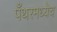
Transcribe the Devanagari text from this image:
पँथरमध्येच